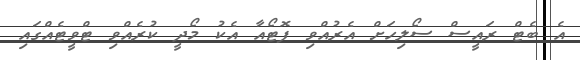
އެ ބެޓް ރައީސް ސޯލިހަށް އެރުއްވި ފޮޓޯއާ އެކު މޯދީ ކުރެއްވި ޓްވީޓެއްގައި